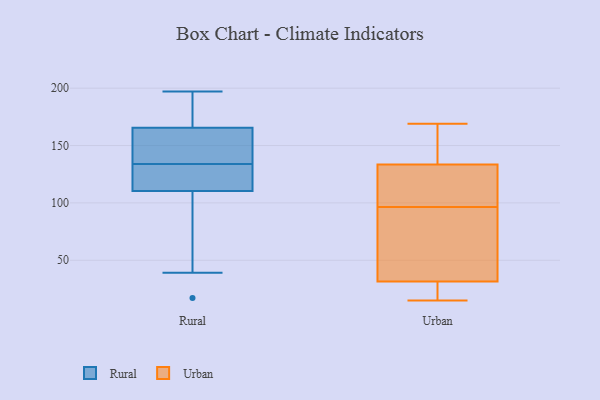
{"axis": {"x": "Net Income (USD K)", "y": "Value"}, "legend": ["Rural", "Urban"], "data": [{"x": "", "y": 51, "type": "Rural"}, {"x": "", "y": 39, "type": "Rural"}, {"x": "", "y": 165, "type": "Rural"}, {"x": "", "y": 130, "type": "Rural"}, {"x": "", "y": 159, "type": "Rural"}, {"x": "", "y": 130, "type": "Rural"}, {"x": "", "y": 197, "type": "Rural"}, {"x": "", "y": 17, "type": "Rural"}, {"x": "", "y": 134, "type": "Rural"}, {"x": "", "y": 167, "type": "Rural"}, {"x": "", "y": 133, "type": "Rural"}, {"x": "", "y": 179, "type": "Rural"}, {"x": "", "y": 155, "type": "Rural"}, {"x": "", "y": 130, "type": "Urban"}, {"x": "", "y": 131, "type": "Urban"}, {"x": "", "y": 109, "type": "Urban"}, {"x": "", "y": 91, "type": "Urban"}, {"x": "", "y": 15, "type": "Urban"}, {"x": "", "y": 34, "type": "Urban"}, {"x": "", "y": 86, "type": "Urban"}, {"x": "", "y": 136, "type": "Urban"}, {"x": "", "y": 28, "type": "Urban"}, {"x": "", "y": 29, "type": "Urban"}, {"x": "", "y": 102, "type": "Urban"}, {"x": "", "y": 144, "type": "Urban"}, {"x": "", "y": 169, "type": "Urban"}, {"x": "", "y": 154, "type": "Urban"}, {"x": "", "y": 20, "type": "Urban"}, {"x": "", "y": 60, "type": "Urban"}]}